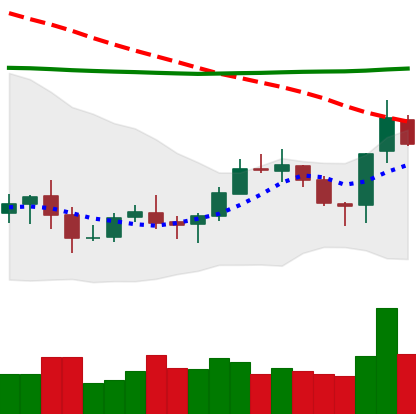
Ticker: XLM-USD
Chart end date: 2020-10-18
Forward return: 5.335%
Label: up_5_7